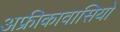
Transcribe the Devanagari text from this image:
अफ्रीकावासियों